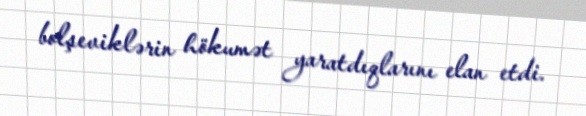
bolşeviklərin hökumət yaratdıqlarını elan etdi.